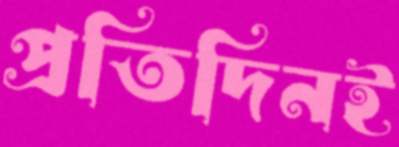
প্রতিদিনই